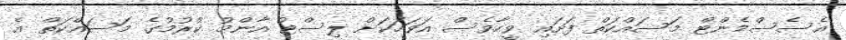
އެސެސްމެންޓް މަސައްކަތް ފަށައި ވީހާވެސް އަވަހަކަށް ލިސްޓު އާންމު ކުރުމުގެ މަސައްކަތް އެ